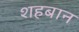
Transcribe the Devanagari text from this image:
शहबान